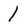
Character: l